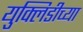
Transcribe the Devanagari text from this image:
युक्लिडीच्या